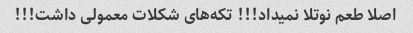
اصلا طعم نوتلا نمیداد!!! تکه‌های شکلات معمولی داشت!!!